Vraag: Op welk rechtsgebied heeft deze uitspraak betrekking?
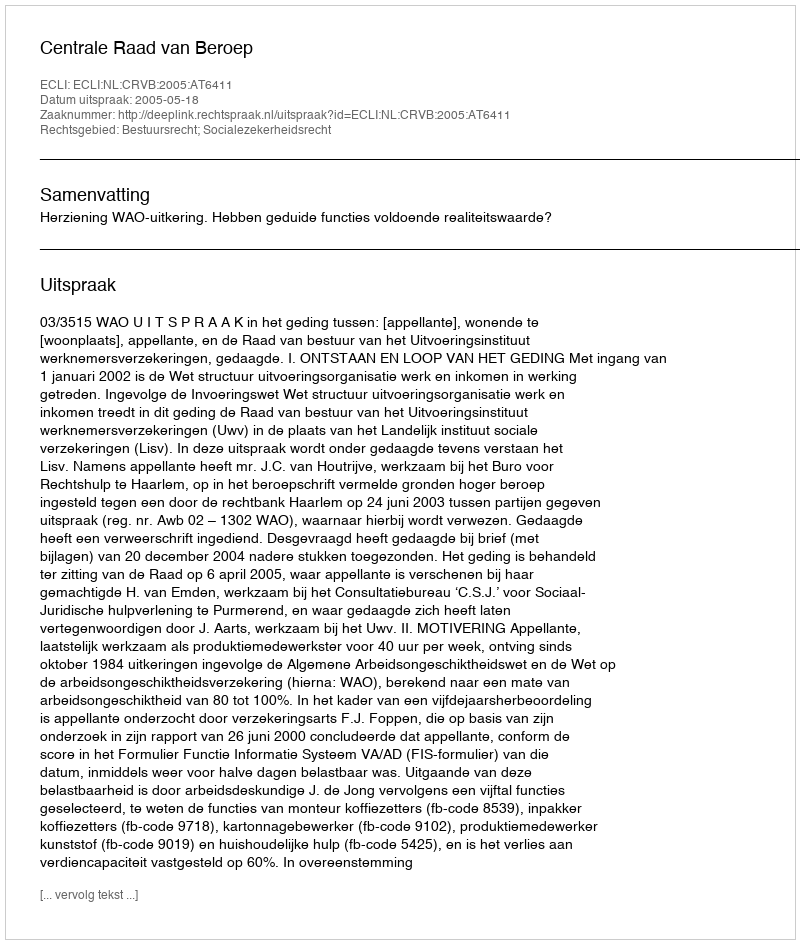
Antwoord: Bestuursrecht; Socialezekerheidsrecht